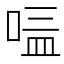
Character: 𱓀